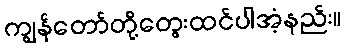
ကျွန်တော်တို့တွေးထင်ပါအံ့နည်း။